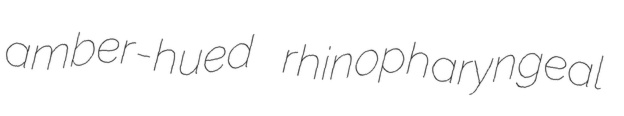
amber-hued rhinopharyngeal